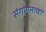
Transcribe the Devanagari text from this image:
संगणनाचा